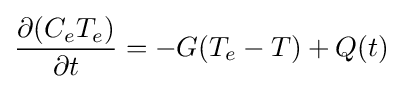
{\frac {\partial (C_{e}T_{e})}{\partial t}}=-G(T_{e}-T)+Q(t)